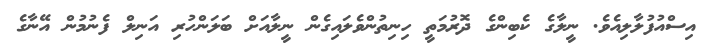
އިސްއުފުލާލިއެވެ. ނީލާގެ ކެބިންގެ ދޮރުމަތީ ހިނިތުންވެލައިގެން ނީލާއަށް ބަލަންހުރި އަނިލް ފެނުމުން އޭނާގެ